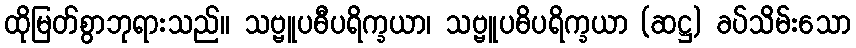
ထိုမြတ်စွာဘုရားသည်။ သဗ္ဗူပဓီပရိက္ခယာ၊ သဗ္ဗူပဓိပရိက္ခယာ (ဆဋ္ဌ) ခပ်သိမ်းသော